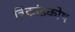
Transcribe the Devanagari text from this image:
त्रिकांडकोष